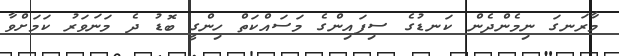
މާރަނގަ ނިމެންދެން ކަނޑުގެ ސިފައިންގެ މަސައްކަތް ހިންގީ ބޮޑު ދެ މަނަވަރު ކަމަށްވާ